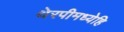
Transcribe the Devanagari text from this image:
थेरपीमध्येहि